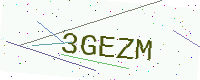
Text: 3GEZM